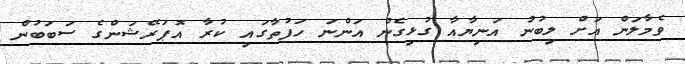
ވެމާލަން އަށް ލިބުނު އަނިޔާއާ ގުޅިގެން އަންނަ ހަފުތާގައި ކުރާ އޮޕަރޭޝަންގެ ސަބަބުން